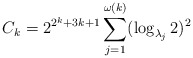
\begin{align*} C_k = 2^{2^k + 3k + 1} \sum_{j=1}^{\omega(k)} (\log_{\lambda_j} 2)^2 \end{align*}